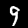
Label: 9